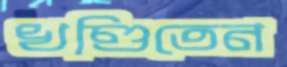
খণ্ডিতেন